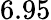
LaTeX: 6.95